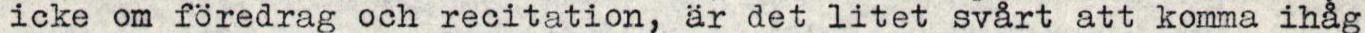
icke om föredrag och recitation, är det litet svårt att komma ihåg